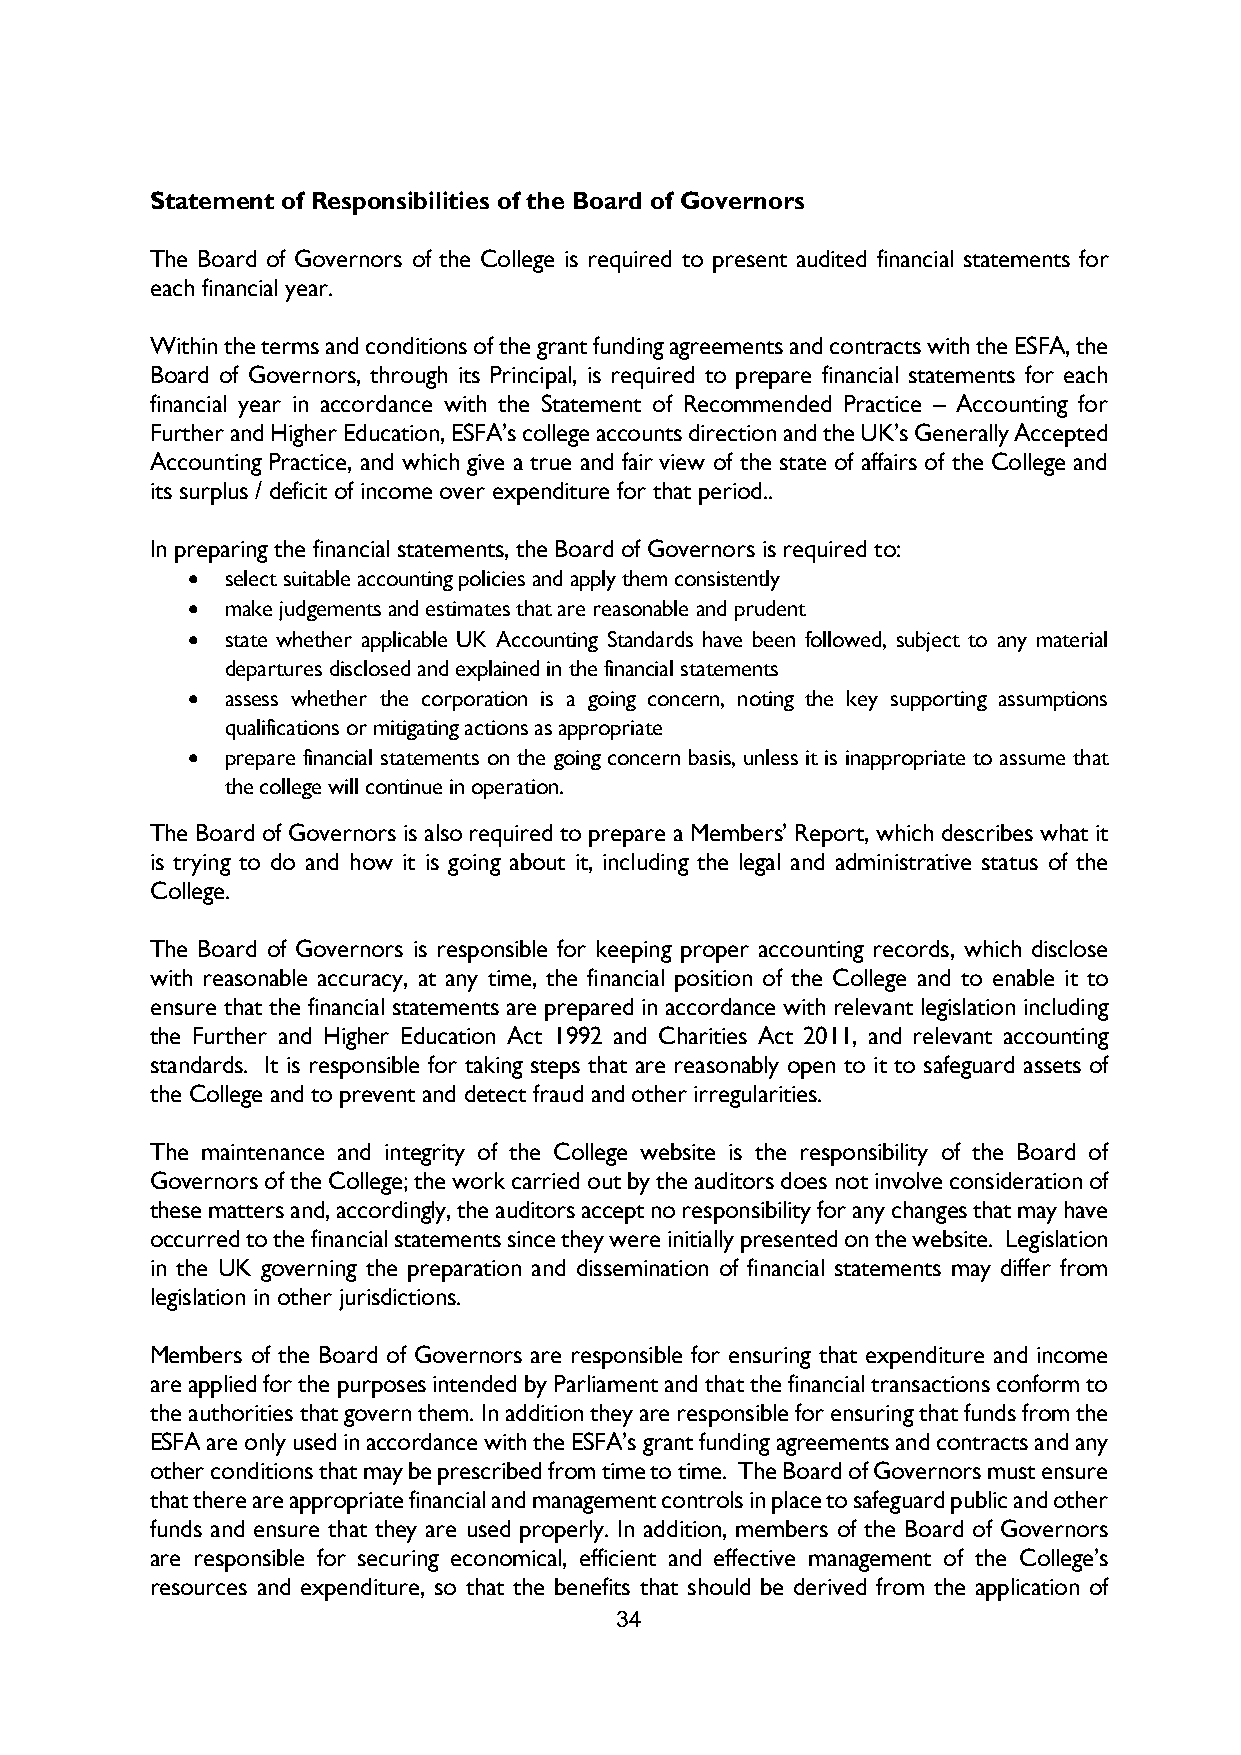
Statement of Responsibilities of the Board of Governors
 The Board of Governors of the College is required to present audited financial statements for
 each financial year.
 Within the terms and conditions of the grant funding agreements and contracts with the ESFA, the
 Board of Governors, through its Principal, is required to prepare financial statements for each
 financial year in accordance with the Statement of Recommended Practice – Accounting for
 Further and Higher Education, ESFA’s college accounts direction and the UK’s Generally Accepted
 Accounting Practice, and which give a true and fair view of the state of affairs of the College and
 its surplus / deficit of income over expenditure for that period..
 In preparing the financial statements, the Board of Governors is required to:
   select suitable accounting policies and apply them consistently
   make judgements and estimates that are reasonable and prudent
   state whether applicable UK Accounting Standards have been followed, subject to any material
 departures disclosed and explained in the financial statements
   assess whether the corporation is a going concern, noting the key supporting assumptions
 qualifications or mitigating actions as appropriate
   prepare financial statements on the going concern basis, unless it is inappropriate to assume that
 the college will continue in operation.
 The Board of Governors is also required to prepare a Members’ Report, which describes what it
 is trying to do and how it is going about it, including the legal and administrative status of the
 College.
 The Board of Governors is responsible for keeping proper accounting records, which disclose
 with reasonable accuracy, at any time, the financial position of the College and to enable it to
 ensure that the financial statements are prepared in accordance with relevant legislation including
 the Further and Higher Education Act 1992 and Charities Act 2011, and relevant accounting
 standards. It is responsible for taking steps that are reasonably open to it to safeguard assets of
 the College and to prevent and detect fraud and other irregularities.
 The maintenance and integrity of the College website is the responsibility of the Board of
 Governors of the College; the work carried out by the auditors does not involve consideration of
 these matters and, accordingly, the auditors accept no responsibility for any changes that may have
 occurred to the financial statements since they were initially presented on the website. Legislation
 in the UK governing the preparation and dissemination of financial statements may differ from
 legislation in other jurisdictions.
 Members of the Board of Governors are responsible for ensuring that expenditure and income
 are applied for the purposes intended by Parliament and that the financial transactions conform to
 the authorities that govern them. In addition they are responsible for ensuring that funds from the
 ESFA are only used in accordance with the ESFA’s grant funding agreements and contracts and any
 other conditions that may be prescribed from time to time. The Board of Governors must ensure
 that there are appropriate financial and management controls in place to safeguard public and other
 funds and ensure that they are used properly. In addition, members of the Board of Governors
 are responsible for securing economical, efficient and effective management of the College’s
 resources and expenditure, so that the benefits that should be derived from the application of
 34